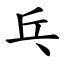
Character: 乓